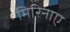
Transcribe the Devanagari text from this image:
मिरिनाए